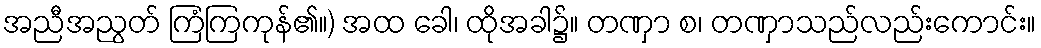
အညီအညွတ် ကြံကြကုန်၏။) အထ ခေါ၊ ထိုအခါ၌။ တဏှာ စ၊ တဏှာသည်လည်းကောင်း။